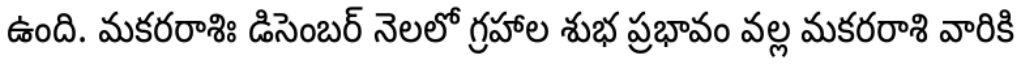
ఉంది. మకరరాశిః డిసెంబర్ నెలలో గ్రహాల శుభ ప్రభావం వల్ల మకరరాశి వారికి